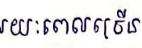
រយៈពេលច្រើន